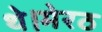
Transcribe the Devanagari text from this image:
थे।मेरठ